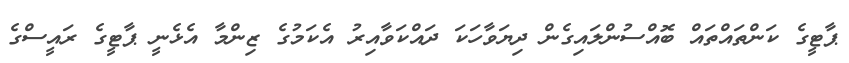
ޕާޓީގެ ކަންތައްތައް ބޮއްސުންލައިގެން ދިޔަވާހަކަ ދައްކަވާއިރު އެކަމުގެ ޒިންމާ އެޅެނީ ޕާޓީގެ ރައީސްގެ